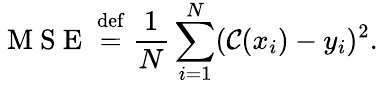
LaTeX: \mathrm{~M~S~E~}\stackrel{\mathrm{def}}{=}\frac 1N\sum_{i=1}^{N}({\cal C}(x_{i})-y_{i})^{2}.